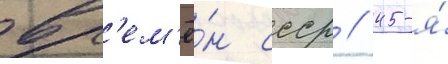
вр'ем'ё́н ссср // 45-я́